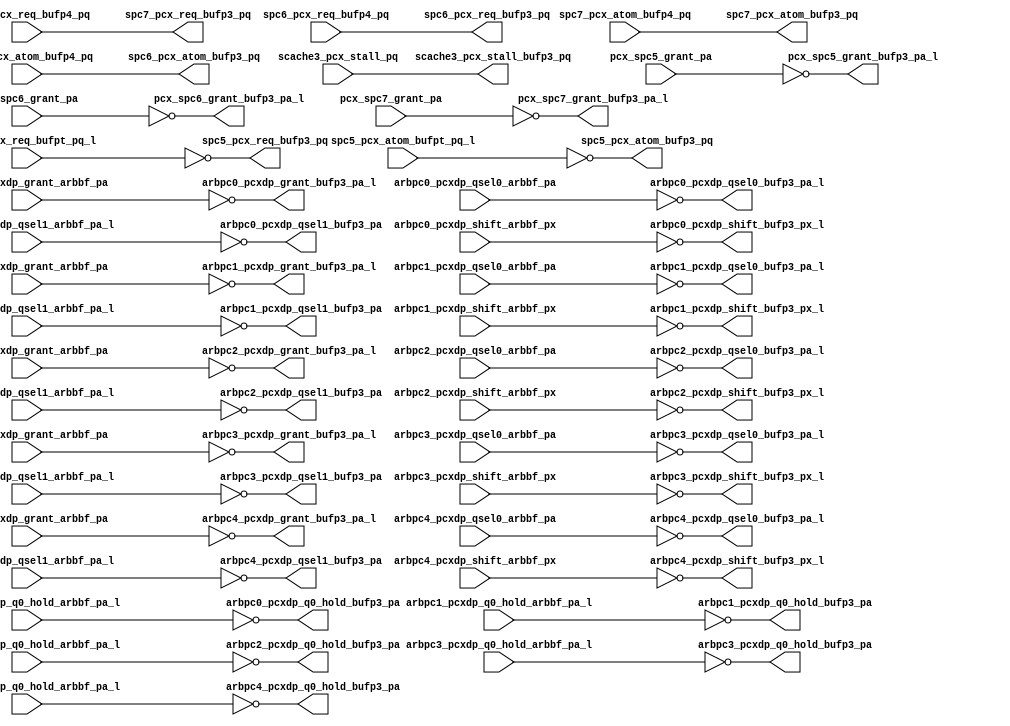
module pcx_buf_p3(/*AUTOARG*/
   // Outputs
   scache3_pcx_stall_bufp3_pq, spc7_pcx_req_bufp3_pq, 
   spc7_pcx_atom_bufp3_pq, spc6_pcx_req_bufp3_pq, 
   spc6_pcx_atom_bufp3_pq, spc5_pcx_req_bufp3_pq, 
   spc5_pcx_atom_bufp3_pq, pcx_spc5_grant_bufp3_pa_l, 
   pcx_spc6_grant_bufp3_pa_l, pcx_spc7_grant_bufp3_pa_l, 
   arbpc0_pcxdp_grant_bufp3_pa_l, arbpc0_pcxdp_q0_hold_bufp3_pa, 
   arbpc0_pcxdp_qsel0_bufp3_pa_l, arbpc0_pcxdp_qsel1_bufp3_pa, 
   arbpc0_pcxdp_shift_bufp3_px_l, arbpc1_pcxdp_grant_bufp3_pa_l, 
   arbpc1_pcxdp_q0_hold_bufp3_pa, arbpc1_pcxdp_qsel0_bufp3_pa_l, 
   arbpc1_pcxdp_qsel1_bufp3_pa, arbpc1_pcxdp_shift_bufp3_px_l, 
   arbpc2_pcxdp_grant_bufp3_pa_l, arbpc2_pcxdp_q0_hold_bufp3_pa, 
   arbpc2_pcxdp_qsel0_bufp3_pa_l, arbpc2_pcxdp_qsel1_bufp3_pa, 
   arbpc2_pcxdp_shift_bufp3_px_l, arbpc3_pcxdp_grant_bufp3_pa_l, 
   arbpc3_pcxdp_q0_hold_bufp3_pa, arbpc3_pcxdp_qsel0_bufp3_pa_l, 
   arbpc3_pcxdp_qsel1_bufp3_pa, arbpc3_pcxdp_shift_bufp3_px_l, 
   arbpc4_pcxdp_grant_bufp3_pa_l, arbpc4_pcxdp_q0_hold_bufp3_pa, 
   arbpc4_pcxdp_qsel0_bufp3_pa_l, arbpc4_pcxdp_qsel1_bufp3_pa, 
   arbpc4_pcxdp_shift_bufp3_px_l, 
   // Inputs
   scache3_pcx_stall_pq, spc7_pcx_req_bufp4_pq, 
   spc7_pcx_atom_bufp4_pq, spc6_pcx_req_bufp4_pq, 
   spc6_pcx_atom_bufp4_pq, spc5_pcx_req_bufpt_pq_l, 
   spc5_pcx_atom_bufpt_pq_l, pcx_spc5_grant_pa, pcx_spc6_grant_pa, 
   pcx_spc7_grant_pa, arbpc0_pcxdp_grant_arbbf_pa, 
   arbpc0_pcxdp_q0_hold_arbbf_pa_l, arbpc0_pcxdp_qsel0_arbbf_pa, 
   arbpc0_pcxdp_qsel1_arbbf_pa_l, arbpc0_pcxdp_shift_arbbf_px, 
   arbpc1_pcxdp_grant_arbbf_pa, arbpc1_pcxdp_q0_hold_arbbf_pa_l, 
   arbpc1_pcxdp_qsel0_arbbf_pa, arbpc1_pcxdp_qsel1_arbbf_pa_l, 
   arbpc1_pcxdp_shift_arbbf_px, arbpc2_pcxdp_grant_arbbf_pa, 
   arbpc2_pcxdp_q0_hold_arbbf_pa_l, arbpc2_pcxdp_qsel0_arbbf_pa, 
   arbpc2_pcxdp_qsel1_arbbf_pa_l, arbpc2_pcxdp_shift_arbbf_px, 
   arbpc3_pcxdp_grant_arbbf_pa, arbpc3_pcxdp_q0_hold_arbbf_pa_l, 
   arbpc3_pcxdp_qsel0_arbbf_pa, arbpc3_pcxdp_qsel1_arbbf_pa_l, 
   arbpc3_pcxdp_shift_arbbf_px, arbpc4_pcxdp_grant_arbbf_pa, 
   arbpc4_pcxdp_q0_hold_arbbf_pa_l, arbpc4_pcxdp_qsel0_arbbf_pa, 
   arbpc4_pcxdp_qsel1_arbbf_pa_l, arbpc4_pcxdp_shift_arbbf_px
   );
   
   output               scache3_pcx_stall_bufp3_pq		; 
   output [4:0]		spc7_pcx_req_bufp3_pq		        ;	
   output 		spc7_pcx_atom_bufp3_pq		        ;	
   output [4:0]		spc6_pcx_req_bufp3_pq		        ;	
   output 		spc6_pcx_atom_bufp3_pq		        ;	
   output [4:0]		spc5_pcx_req_bufp3_pq		        ;	
   output 		spc5_pcx_atom_bufp3_pq		        ;	
   output [4:0] 	pcx_spc5_grant_bufp3_pa_l;
   output [4:0] 	pcx_spc6_grant_bufp3_pa_l;
   output [4:0] 	pcx_spc7_grant_bufp3_pa_l;


   output [7:5] 		arbpc0_pcxdp_grant_bufp3_pa_l		;	
   output [7:5] 		arbpc0_pcxdp_q0_hold_bufp3_pa		;
   output [7:5] 		arbpc0_pcxdp_qsel0_bufp3_pa_l		;	
   output [7:5] 		arbpc0_pcxdp_qsel1_bufp3_pa		;	
   output [7:5] 		arbpc0_pcxdp_shift_bufp3_px_l		;	

   output [7:5] 		arbpc1_pcxdp_grant_bufp3_pa_l		;	
   output [7:5] 		arbpc1_pcxdp_q0_hold_bufp3_pa		;
   output [7:5] 		arbpc1_pcxdp_qsel0_bufp3_pa_l		;	
   output [7:5] 		arbpc1_pcxdp_qsel1_bufp3_pa		;	
   output [7:5] 		arbpc1_pcxdp_shift_bufp3_px_l		;	

   output [7:5] 		arbpc2_pcxdp_grant_bufp3_pa_l		;	
   output [7:5] 		arbpc2_pcxdp_q0_hold_bufp3_pa		;
   output [7:5] 		arbpc2_pcxdp_qsel0_bufp3_pa_l		;	
   output [7:5] 		arbpc2_pcxdp_qsel1_bufp3_pa		;	
   output [7:5] 		arbpc2_pcxdp_shift_bufp3_px_l		;	

   output [7:5] 		arbpc3_pcxdp_grant_bufp3_pa_l		;	
   output [7:5] 		arbpc3_pcxdp_q0_hold_bufp3_pa		;
   output [7:5] 		arbpc3_pcxdp_qsel0_bufp3_pa_l		;	
   output [7:5] 		arbpc3_pcxdp_qsel1_bufp3_pa		;	
   output [7:5] 		arbpc3_pcxdp_shift_bufp3_px_l		;	

   output [7:5] 		arbpc4_pcxdp_grant_bufp3_pa_l		;	
   output [7:5] 		arbpc4_pcxdp_q0_hold_bufp3_pa		;
   output [7:5] 		arbpc4_pcxdp_qsel0_bufp3_pa_l		;	
   output [7:5] 		arbpc4_pcxdp_qsel1_bufp3_pa		;	
   output [7:5] 		arbpc4_pcxdp_shift_bufp3_px_l		;	


   input                scache3_pcx_stall_pq ; 
   input [4:0]		spc7_pcx_req_bufp4_pq;	
   input 		spc7_pcx_atom_bufp4_pq;	
   input [4:0]		spc6_pcx_req_bufp4_pq;	
   input 		spc6_pcx_atom_bufp4_pq;	
   input [4:0]		spc5_pcx_req_bufpt_pq_l;	
   input 		spc5_pcx_atom_bufpt_pq_l;	
   input [4:0] 		pcx_spc5_grant_pa;
   input [4:0] 		pcx_spc6_grant_pa;
   input [4:0] 		pcx_spc7_grant_pa;

   
   input [7:5]		arbpc0_pcxdp_grant_arbbf_pa;	
   input [7:5]		arbpc0_pcxdp_q0_hold_arbbf_pa_l;
   input [7:5]		arbpc0_pcxdp_qsel0_arbbf_pa;	
   input [7:5]		arbpc0_pcxdp_qsel1_arbbf_pa_l;	
   input [7:5]		arbpc0_pcxdp_shift_arbbf_px;	

   input [7:5]		arbpc1_pcxdp_grant_arbbf_pa;	
   input [7:5]		arbpc1_pcxdp_q0_hold_arbbf_pa_l;
   input [7:5]		arbpc1_pcxdp_qsel0_arbbf_pa;	
   input [7:5]		arbpc1_pcxdp_qsel1_arbbf_pa_l;	
   input [7:5]		arbpc1_pcxdp_shift_arbbf_px;	

   input [7:5]		arbpc2_pcxdp_grant_arbbf_pa;	
   input [7:5]		arbpc2_pcxdp_q0_hold_arbbf_pa_l;
   input [7:5]		arbpc2_pcxdp_qsel0_arbbf_pa;	
   input [7:5]		arbpc2_pcxdp_qsel1_arbbf_pa_l;	
   input [7:5]		arbpc2_pcxdp_shift_arbbf_px;	

   input [7:5]		arbpc3_pcxdp_grant_arbbf_pa;	
   input [7:5]		arbpc3_pcxdp_q0_hold_arbbf_pa_l;
   input [7:5]		arbpc3_pcxdp_qsel0_arbbf_pa;	
   input [7:5]		arbpc3_pcxdp_qsel1_arbbf_pa_l;	
   input [7:5]		arbpc3_pcxdp_shift_arbbf_px;	

   input [7:5]		arbpc4_pcxdp_grant_arbbf_pa;	
   input [7:5]		arbpc4_pcxdp_q0_hold_arbbf_pa_l;
   input [7:5]		arbpc4_pcxdp_qsel0_arbbf_pa;	
   input [7:5]		arbpc4_pcxdp_qsel1_arbbf_pa_l;	
   input [7:5]		arbpc4_pcxdp_shift_arbbf_px;	

   


   assign		scache3_pcx_stall_bufp3_pq		=        scache3_pcx_stall_pq;
   assign		spc7_pcx_req_bufp3_pq[4:0]		=        spc7_pcx_req_bufp4_pq[4:0];
   assign 		spc7_pcx_atom_bufp3_pq			=        spc7_pcx_atom_bufp4_pq;
   assign		spc6_pcx_req_bufp3_pq[4:0]		=        spc6_pcx_req_bufp4_pq[4:0];
   assign 		spc6_pcx_atom_bufp3_pq			=        spc6_pcx_atom_bufp4_pq;
   assign		spc5_pcx_req_bufp3_pq[4:0]		=        ~spc5_pcx_req_bufpt_pq_l[4:0];
   assign 		spc5_pcx_atom_bufp3_pq			=        ~spc5_pcx_atom_bufpt_pq_l;
   assign               pcx_spc5_grant_bufp3_pa_l[4:0]          =        ~pcx_spc5_grant_pa[4:0];
   assign               pcx_spc6_grant_bufp3_pa_l[4:0]          =        ~pcx_spc6_grant_pa[4:0];
   assign               pcx_spc7_grant_bufp3_pa_l[4:0]          =        ~pcx_spc7_grant_pa[4:0];

								
   assign		arbpc0_pcxdp_grant_bufp3_pa_l	   =       ~arbpc0_pcxdp_grant_arbbf_pa; 
   assign		arbpc0_pcxdp_q0_hold_bufp3_pa	   =       ~arbpc0_pcxdp_q0_hold_arbbf_pa_l;  
   assign		arbpc0_pcxdp_qsel0_bufp3_pa_l	   =       ~arbpc0_pcxdp_qsel0_arbbf_pa;      
   assign		arbpc0_pcxdp_qsel1_bufp3_pa	   =       ~arbpc0_pcxdp_qsel1_arbbf_pa_l;    
   assign		arbpc0_pcxdp_shift_bufp3_px_l	   =       ~arbpc0_pcxdp_shift_arbbf_px;      
								                                                  
   assign		arbpc1_pcxdp_grant_bufp3_pa_l	   =       ~arbpc1_pcxdp_grant_arbbf_pa;  
   assign		arbpc1_pcxdp_q0_hold_bufp3_pa	   =       ~arbpc1_pcxdp_q0_hold_arbbf_pa_l;  
   assign		arbpc1_pcxdp_qsel0_bufp3_pa_l	   =       ~arbpc1_pcxdp_qsel0_arbbf_pa;      
   assign		arbpc1_pcxdp_qsel1_bufp3_pa	   =       ~arbpc1_pcxdp_qsel1_arbbf_pa_l;    
   assign		arbpc1_pcxdp_shift_bufp3_px_l	   =       ~arbpc1_pcxdp_shift_arbbf_px;      
								                                                  
   assign		arbpc2_pcxdp_grant_bufp3_pa_l	   =       ~arbpc2_pcxdp_grant_arbbf_pa; 
   assign		arbpc2_pcxdp_q0_hold_bufp3_pa	   =       ~arbpc2_pcxdp_q0_hold_arbbf_pa_l;  
   assign		arbpc2_pcxdp_qsel0_bufp3_pa_l	   =       ~arbpc2_pcxdp_qsel0_arbbf_pa;      
   assign		arbpc2_pcxdp_qsel1_bufp3_pa	   =       ~arbpc2_pcxdp_qsel1_arbbf_pa_l;    
   assign		arbpc2_pcxdp_shift_bufp3_px_l	   =       ~arbpc2_pcxdp_shift_arbbf_px;      
								                                                  
   assign		arbpc3_pcxdp_grant_bufp3_pa_l	   =       ~arbpc3_pcxdp_grant_arbbf_pa; 
   assign		arbpc3_pcxdp_q0_hold_bufp3_pa	   =       ~arbpc3_pcxdp_q0_hold_arbbf_pa_l;  
   assign		arbpc3_pcxdp_qsel0_bufp3_pa_l	   =       ~arbpc3_pcxdp_qsel0_arbbf_pa;      
   assign		arbpc3_pcxdp_qsel1_bufp3_pa	   =       ~arbpc3_pcxdp_qsel1_arbbf_pa_l;    
   assign		arbpc3_pcxdp_shift_bufp3_px_l	   =       ~arbpc3_pcxdp_shift_arbbf_px;      
								                                                  
   assign		arbpc4_pcxdp_grant_bufp3_pa_l	   =       ~arbpc4_pcxdp_grant_arbbf_pa; 
   assign		arbpc4_pcxdp_q0_hold_bufp3_pa	   =       ~arbpc4_pcxdp_q0_hold_arbbf_pa_l;  
   assign		arbpc4_pcxdp_qsel0_bufp3_pa_l	   =       ~arbpc4_pcxdp_qsel0_arbbf_pa;      
   assign		arbpc4_pcxdp_qsel1_bufp3_pa	   =       ~arbpc4_pcxdp_qsel1_arbbf_pa_l;    
   assign		arbpc4_pcxdp_shift_bufp3_px_l	   =       ~arbpc4_pcxdp_shift_arbbf_px;      
								                                                  




endmodule